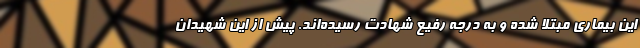
این بیماری مبتلا شده و به درجه رفیع شهادت رسیده‌اند. پیش از این شهیدان